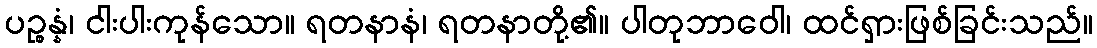
ပဉ္စန္နံ၊ ငါးပါးကုန်သော။ ရတနာနံ၊ ရတနာတို့၏။ ပါတုဘာဝေါ၊ ထင်ရှားဖြစ်ခြင်းသည်။